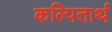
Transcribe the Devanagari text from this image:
कल्पितार्थ